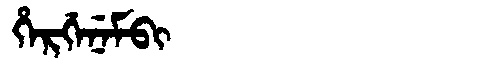
Manchu: ᡥᡝᡵᡤᡝᠨᡝᠮᠪᡳ
Romanization: HERGENEMBI